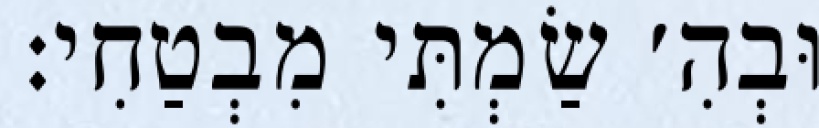
וּבְהִ׳ שַׂמְתִּי מִבְטַחִי: